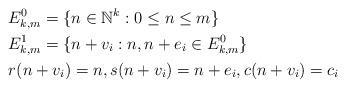
\begin{align*}&E^0_{k,m} = \{n \in \mathbb{N}^k: 0 \le n \le m\} \\&E^1_{k,m} = \{n + v_i: n, n + e_i \in E^0_{k,m} \} \\&r(n+v_i) = n, s(n+v_i) = n + e_i, c(n + v_i) = c_i \end{align*}